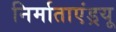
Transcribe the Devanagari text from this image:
निर्माताएंड्रयू